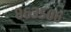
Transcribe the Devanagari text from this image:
८६३५०६